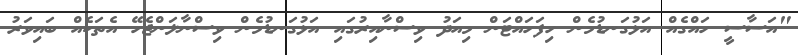
"އަސާސީ ހައްގެއް އަޅުގަނޑުމެން ހިފަހައްޓަން މިއަދު ވިސްނާއިރުގައި އަޅުގަނޑުމެން ވިސްނާލަންޖެހޭ އެތަކެއް ބައިވަރު